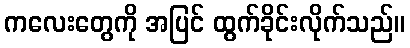
ကလေးတွေကို အပြင် ထွက်ခိုင်းလိုက်သည်။